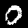
Digit: 0